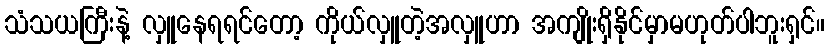
သံသယကြီးနဲ့ လှူနေရရင်တော့ ကိုယ်လှူတဲ့အလှူဟာ အကျိုးရှိနိုင်မှာမဟုတ်ပါဘူးရှင်။